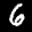
Label: 6